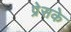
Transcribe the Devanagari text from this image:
प्रेसके